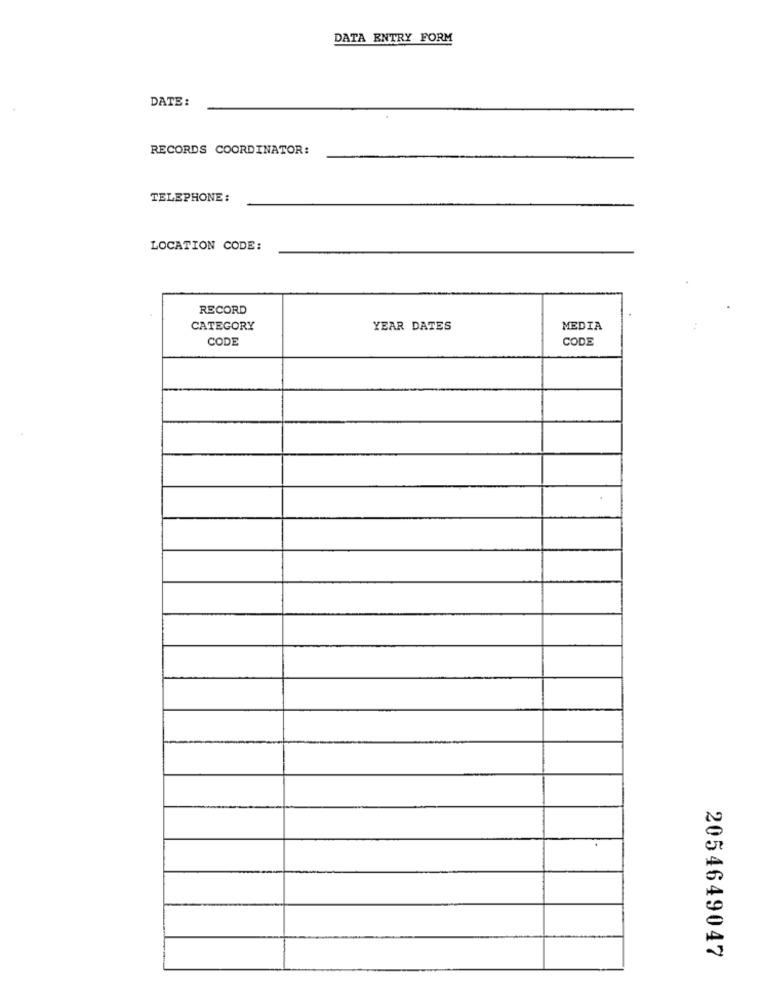
DATA ENTRY FORM
DATE:
RECORDS COORDINATOR:
TELEPHONE :
LOCATION CODE:
RECORD
CATEGORY
YEAR DATES
MEDIA
CODE
CODE
2054649047